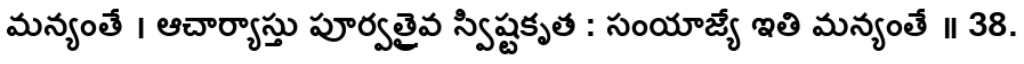
మన్యంతే । ఆచార్యాస్తు పూర్వత్రైవ స్విష్టకృత : సంయాజ్యే ఇతి మన్యంతే ॥ 38.